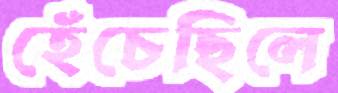
হেঁচেছিলে